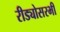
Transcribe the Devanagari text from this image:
रीड्योसरभी